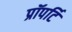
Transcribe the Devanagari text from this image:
प्रॉपर्टि